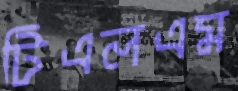
টিএলএম